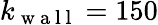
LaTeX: k_{\mathrm{~w~a~l~l~}}=150